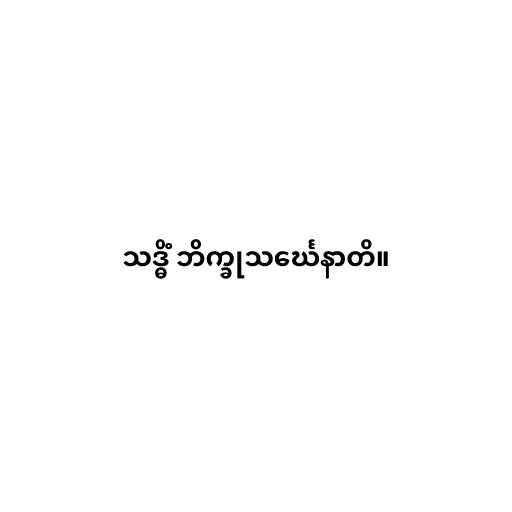
သဒ္ဓိံ ဘိက္ခုသင်္ဃေနာတိ။